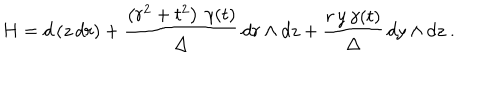
H = d \left( z \, d r \right) + \frac { \left( r ^ { 2 } + t ^ { 2 } \right) \, \gamma ( t ) } { \Delta } \, d r \wedge d z + \frac { r \, y \, \gamma ( t ) } { \Delta } \, d y \wedge d z \ .